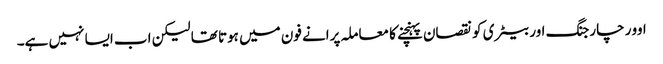
اوور چارجنگ اور بیٹری کو نقصان پہنچنے کا معاملہ پرانے فون میں ہوتا تھا لیکن اب ایسا نہیں ہے۔